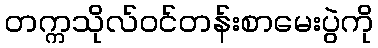
တက္ကသိုလ်ဝင်တန်းစာမေးပွဲကို